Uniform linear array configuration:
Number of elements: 48
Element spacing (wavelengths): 1
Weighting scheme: hamming
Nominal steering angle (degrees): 15
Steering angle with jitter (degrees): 16.6
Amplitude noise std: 0.05
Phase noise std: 0.05

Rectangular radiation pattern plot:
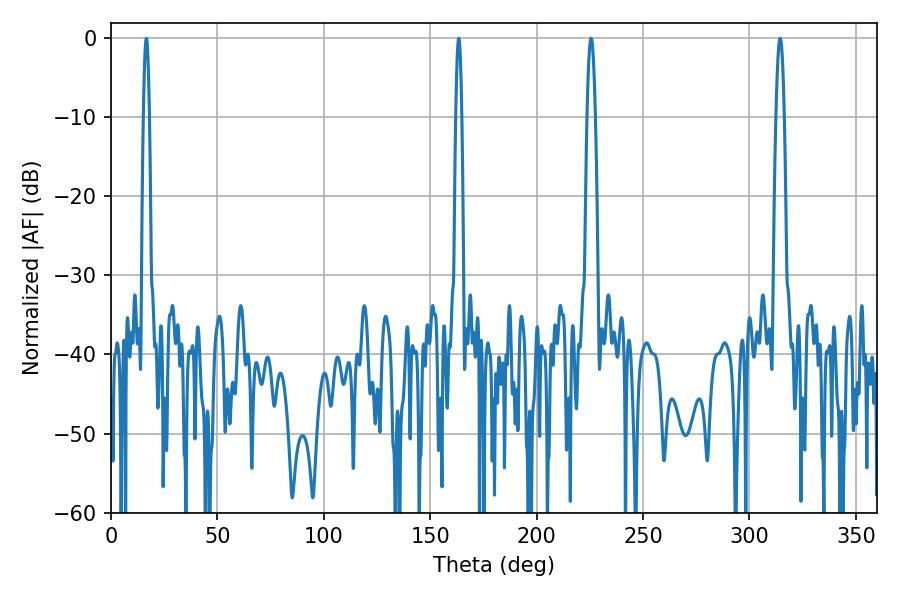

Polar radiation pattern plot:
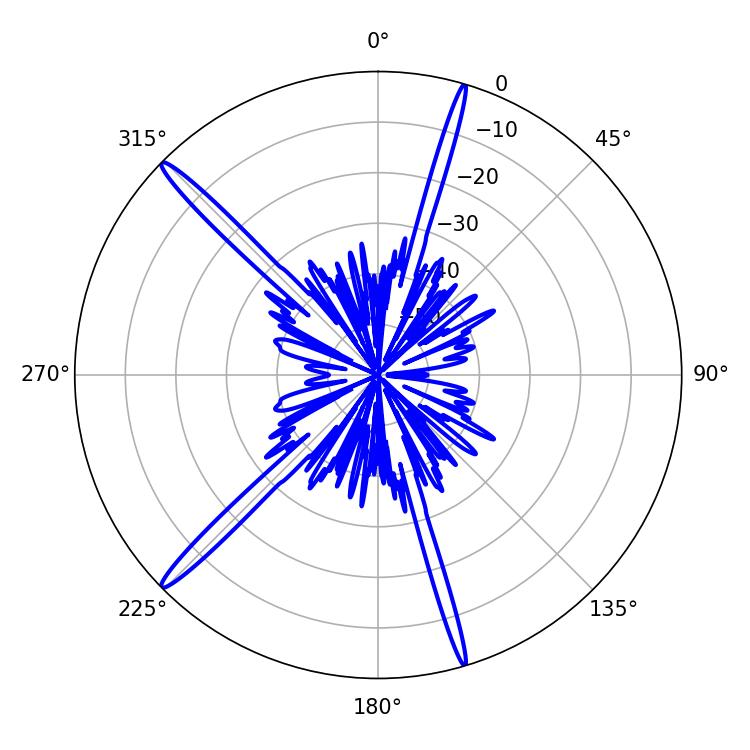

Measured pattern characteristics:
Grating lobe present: TRUE
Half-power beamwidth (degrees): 1.98
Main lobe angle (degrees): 225.54